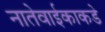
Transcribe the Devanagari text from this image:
नातेवाईकाकडे